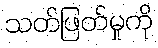
သတ်ဖြတ်မှုကို